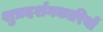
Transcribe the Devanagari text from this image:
शुप्रदर्शनकारियों